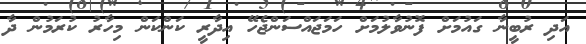
އަދި ރުބީނާ ގައުމަށް ފޮނުވާލުމަށް ހަމަޖައްސަންޖެހޭ އިދާރީ ކަންކަން މިހާރު ކުރަމުން ދާ